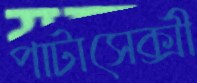
পাটাসেক্সী